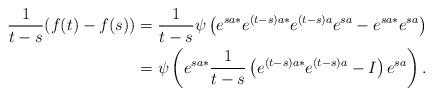
LaTeX: \begin{align*}\frac{1}{t-s}(f(t)-f(s))&=\frac{1}{t-s}\psi\left( e^{sa*}e^{(t-s)a*}e^{(t-s)a}e^{sa}- e^{sa*}e^{sa} \right)\\&=\psi\left( e^{sa*}\frac{1}{t-s}\left(e^{(t-s)a*}e^{(t-s)a}-I\right)e^{sa}\right).\end{align*}